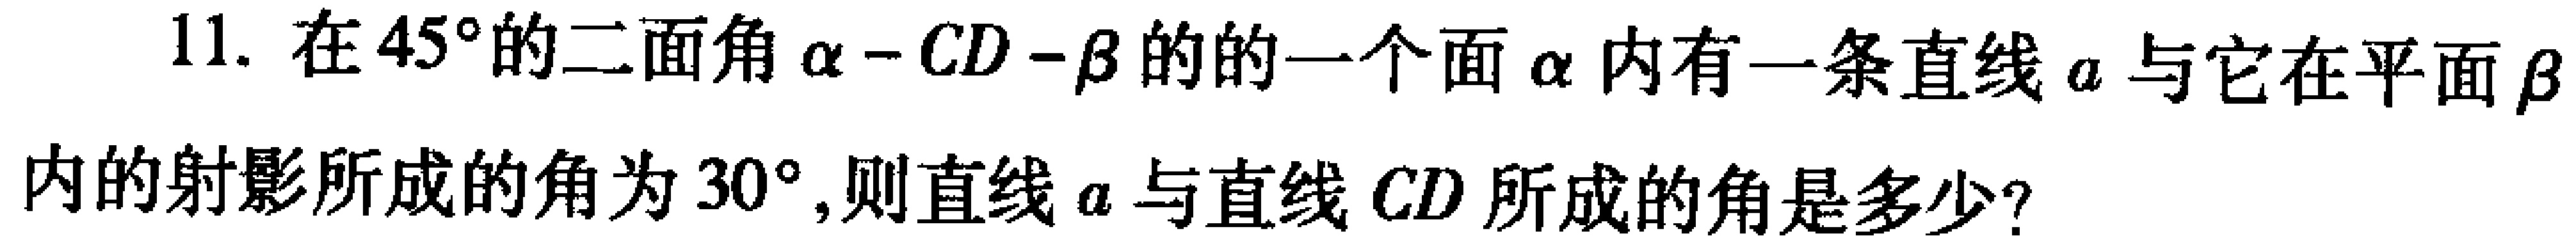
11. 在\(45^{\circ}\)的二面角\(\alpha - CD - \beta\)的的一个面\(\alpha\)内有一条直线\(a\)与它在平面\(\beta\)内的射影所成的角为\(30^{\circ}\),则直线\(a\)与直线\(CD\)所成的角是多少？